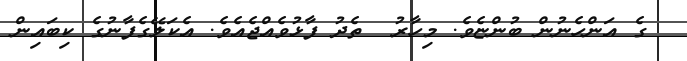
ގެ އަންހެނުން ބުންޏެވެ. މިހާރު  ތެދު ފާޅުވެއްޖެއެވެ. އެކަލޭގެފާނުގެ ކިބައިން